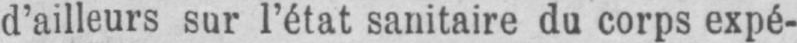
d’ailleurs sur l’état sanitaire du corps expé-